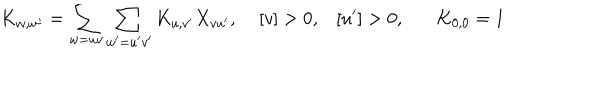
K _ { w , w ^ { \prime } } = \sum _ { w = u v } \sum _ { w ^ { \prime } = u ^ { \prime } v ^ { \prime } } K _ { u , v ^ { \prime } } X _ { v u ^ { \prime } } , \; [ v ] > 0 , [ u ^ { \prime } ] > 0 , K _ { 0 , 0 } = 1